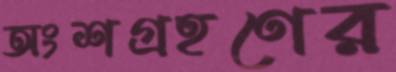
অংশগ্রহণের